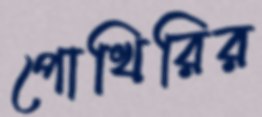
পোখিরির